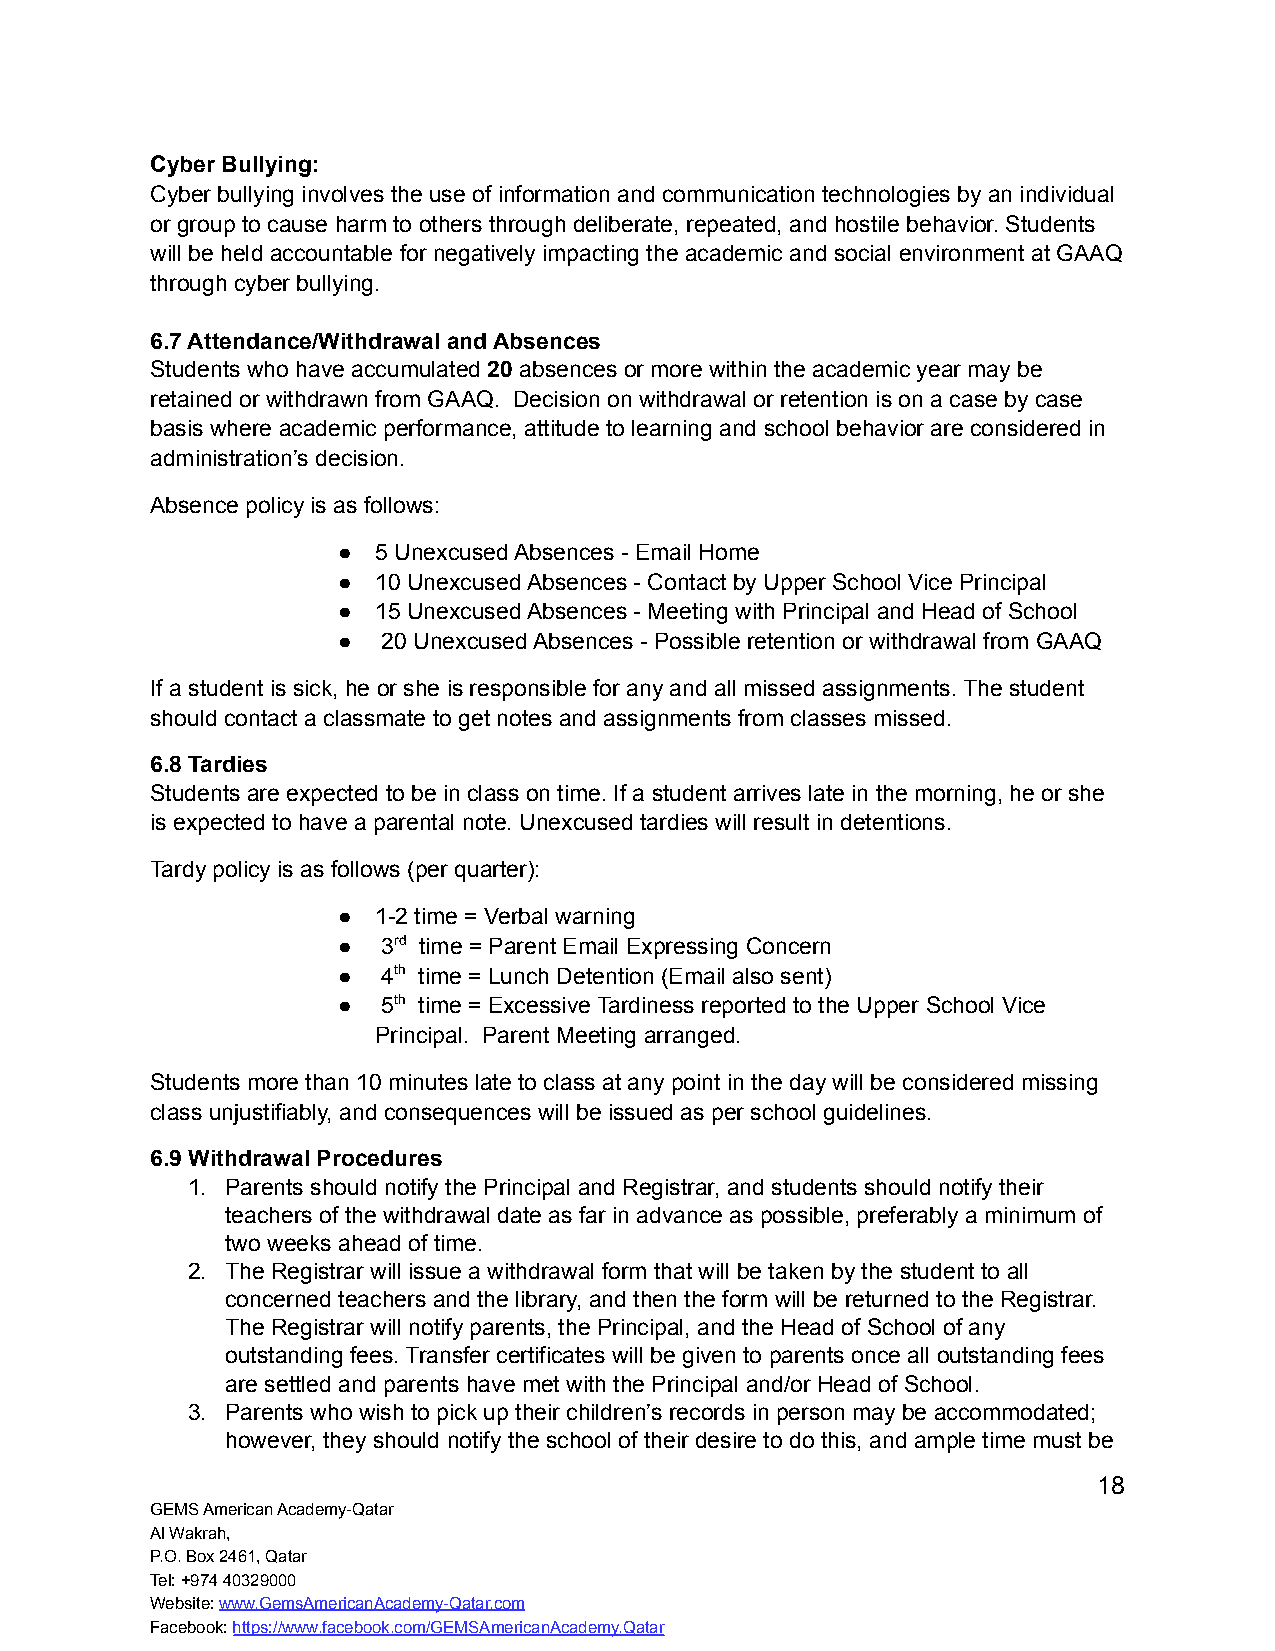
Cyber Bullying:
 Cyber bullying involves the use of information and communication technologies by an individual
 or group to cause harm to others through deliberate, repeated, and hostile behavior. Students
 will be held accountable for negatively impacting the academic and social environment at GAAQ
 through cyber bullying.
 6.7 Attendance/Withdrawal and Absences
 Students who have accumulated 20 absences or more within the academic year may be
 retained or withdrawn from GAAQ. Decision on withdrawal or retention is on a case by case
 basis where academic performance, attitude to learning and school behavior are considered in
 administration’s decision.
 Absence policy is as follows:
 ●  5 Unexcused Absences - Email Home
 ●  10 Unexcused Absences - Contact by Upper School Vice Principal
 ●  15 Unexcused Absences - Meeting with Principal and Head of School
 ●  20 Unexcused Absences - Possible retention or withdrawal from GAAQ
 If a student is sick, he or she is responsible for any and all missed assignments. The student
 should contact a classmate to get notes and assignments from classes missed.
 6.8 Tardies
 Students are expected to be in class on time. If a student arrives late in the morning, he or she
 is expected to have a parental note. Unexcused tardies will result in detentions.
 Tardy policy is as follows (per quarter):
 ●  1-2 time = Verbal warning
 ●  3rd time = Parent Email Expressing Concern
 ●  4th time = Lunch Detention (Email also sent)
 ●  5th time = Excessive Tardiness reported to the Upper School Vice
 Principal. Parent Meeting arranged.
 Students more than 10 minutes late to class at any point in the day will be considered missing
 class unjustifiably, and consequences will be issued as per school guidelines.
 6.9 Withdrawal Procedures
 1. Parents should notify the Principal and Registrar, and students should notify their
 teachers of the withdrawal date as far in advance as possible, preferably a minimum of
 two weeks ahead of time.
 2. The Registrar will issue a withdrawal form that will be taken by the student to all
 concerned teachers and the library, and then the form will be returned to the Registrar.
 The Registrar will notify parents, the Principal, and the Head of School of any
 outstanding fees. Transfer certificates will be given to parents once all outstanding fees
 are settled and parents have met with the Principal and/or Head of School.
 3. Parents who wish to pick up their children’s records in person may be accommodated;
 however, they should notify the school of their desire to do this, and ample time must be
 18
 GEMS American Academy-Qatar
 Al Wakrah,
 P.O. Box 2461, Qatar
 Tel: +974 40329000
 Website:www.GemsAmericanAcademy-Qatar.com
 Facebook:https://www.facebook.com/GEMSAmericanAcademy.Qatar